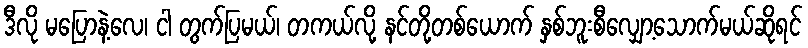
ဒီလို မပြောနဲ့လေ၊ ငါ တွက်ပြမယ်၊ တကယ်လို့ နင်တို့တစ်ယောက် နှစ်ဘူးစီလျှော့သောက်မယ်ဆိုရင်